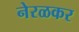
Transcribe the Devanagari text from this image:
नेरळकर